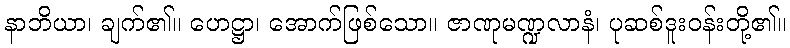
နာဘိယာ၊ ချက်၏။ ဟေဋ္ဌာ၊ အောက်ဖြစ်သော။ ဇာဏုမဏ္ဍလာနံ၊ ပုဆစ်ဒူးဝန်းတို့၏။